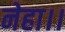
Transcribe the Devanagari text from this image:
नेहा।।